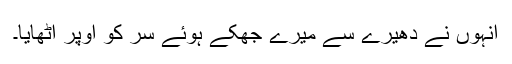
انہوں نے دھیرے سے میرے جھکے ہوئے سر کو اوپر اُٹھایا۔